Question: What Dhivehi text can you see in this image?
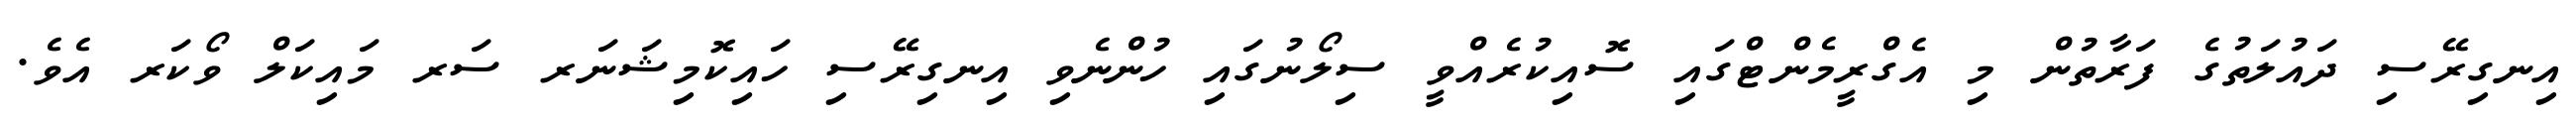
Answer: އިނގިރޭސި ދައުލަތުގެ ފަރާތުން މި އެގްރީމެންޓްގައި ސޮއިކުރެއްވީ ސިލޯނުގައި ހުންނެވި އިނގިރޭސި ހައިކޮމިޝަނަރ ސަރ މައިކަލް ވޯކަރ އެވެ.